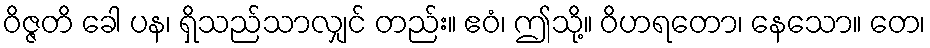
ဝိဇ္ဇတိ ခေါ ပန၊ ရှိသည်သာလျှင် တည်း။ ဧဝံ၊ ဤသို့။ ဝိဟရတော၊ နေသော။ တေ၊